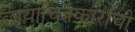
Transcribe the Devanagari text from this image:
छायाचित्रकाराची